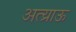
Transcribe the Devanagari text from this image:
अत्य्राऊ